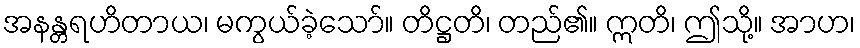
အနန္တရဟိတာယ၊ မကွယ်ခဲ့သော်။ တိဋ္ဌတိ၊ တည်၏။ ဣတိ၊ ဤသို့။ အာဟ၊